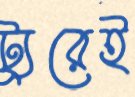
ট্যুরেই